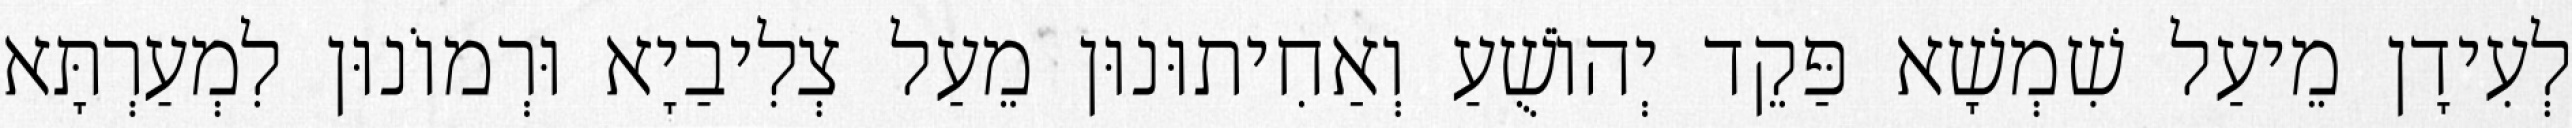
לְעִידָן מֵיעַל שִׁמְשָׁא פַּקֵד יְהוֹשֻׁעַ וְאַחִיתוּנוּן מֵעַל צְלִיבַיָא וּרְמוֹנוּן לִמְעַרְתָּא